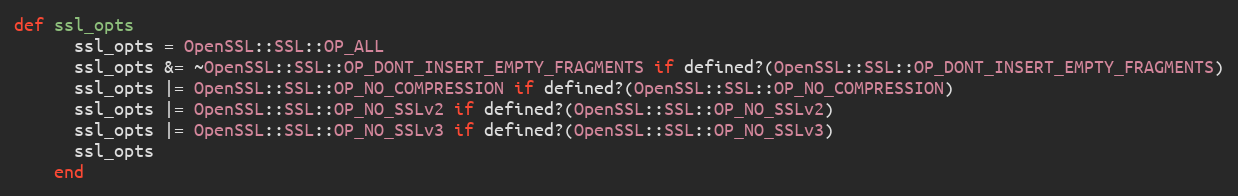
Language: Ruby
def ssl_opts
      ssl_opts = OpenSSL::SSL::OP_ALL
      ssl_opts &= ~OpenSSL::SSL::OP_DONT_INSERT_EMPTY_FRAGMENTS if defined?(OpenSSL::SSL::OP_DONT_INSERT_EMPTY_FRAGMENTS)
      ssl_opts |= OpenSSL::SSL::OP_NO_COMPRESSION if defined?(OpenSSL::SSL::OP_NO_COMPRESSION)
      ssl_opts |= OpenSSL::SSL::OP_NO_SSLv2 if defined?(OpenSSL::SSL::OP_NO_SSLv2)
      ssl_opts |= OpenSSL::SSL::OP_NO_SSLv3 if defined?(OpenSSL::SSL::OP_NO_SSLv3)
      ssl_opts
    end